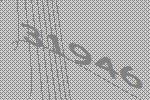
31946